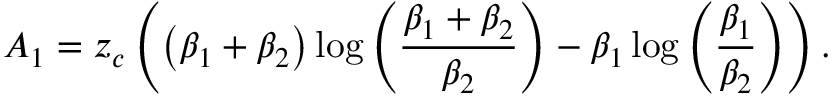
A _ { 1 } = z _ { c } \left( \left( \beta _ { 1 } + \beta _ { 2 } \right) \log { \left( \frac { \beta _ { 1 } + \beta _ { 2 } } { \beta _ { 2 } } \right) } - \beta _ { 1 } \log { \left( \frac { \beta _ { 1 } } { \beta _ { 2 } } \right) } \right) .